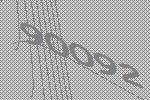
90092